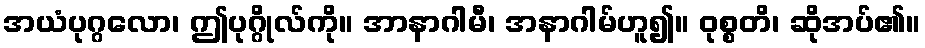
အယံပုဂ္ဂလော၊ ဤပုဂ္ဂိုလ်ကို။ အာနာဂါမီ၊ အနာဂါမ်ဟူ၍။ ဝုစ္စတိ၊ ဆိုအပ်၏။